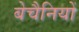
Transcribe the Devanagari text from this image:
बेचैनियों